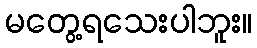
မတွေ့ရသေးပါဘူး။